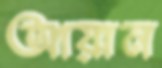
আয়ান